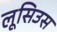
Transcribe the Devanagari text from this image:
लूसिउस